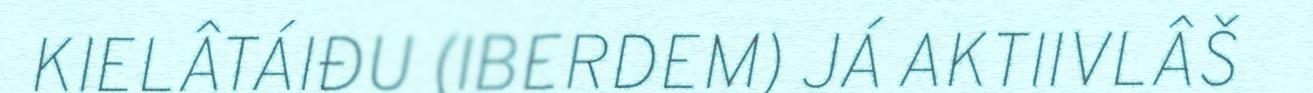
KIELÂTÁIĐU (IBERDEM) JÁ AKTIIVLÂŠ